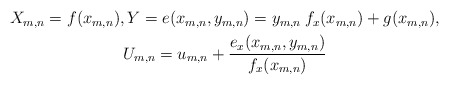
\begin{align*}\begin{gathered}X_{m,n} = f(x_{m,n}),Y= e(x_{m,n},y_{m,n}) = y_{m,n}\: f_x(x_{m,n}) + g(x_{m,n}),\\U_{m,n} = u_{m,n} + \frac{e_x(x_{m,n},y_{m,n})}{f_x(x_{m,n})} \end{gathered}\end{align*}